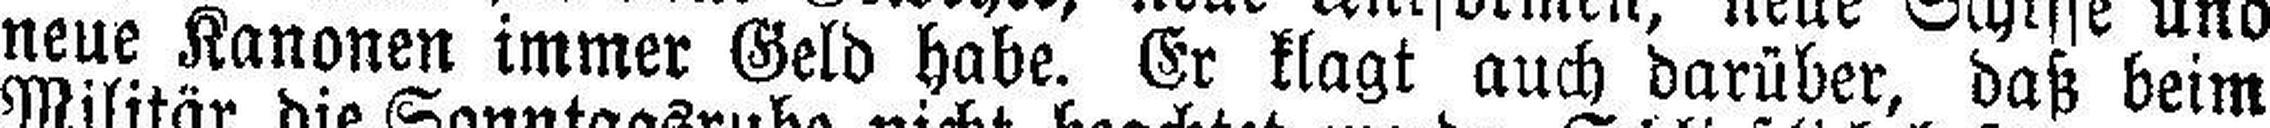
neue Kanonen immer Geld habe. Er klagt auch darüber, daß beim